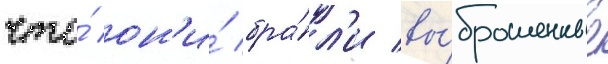
что́ он'и́ бра́л'и вы́брошенные